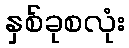
နှစ်ခုစလုံး